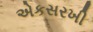
એકસરખી